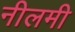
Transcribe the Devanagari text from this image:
नीलमी